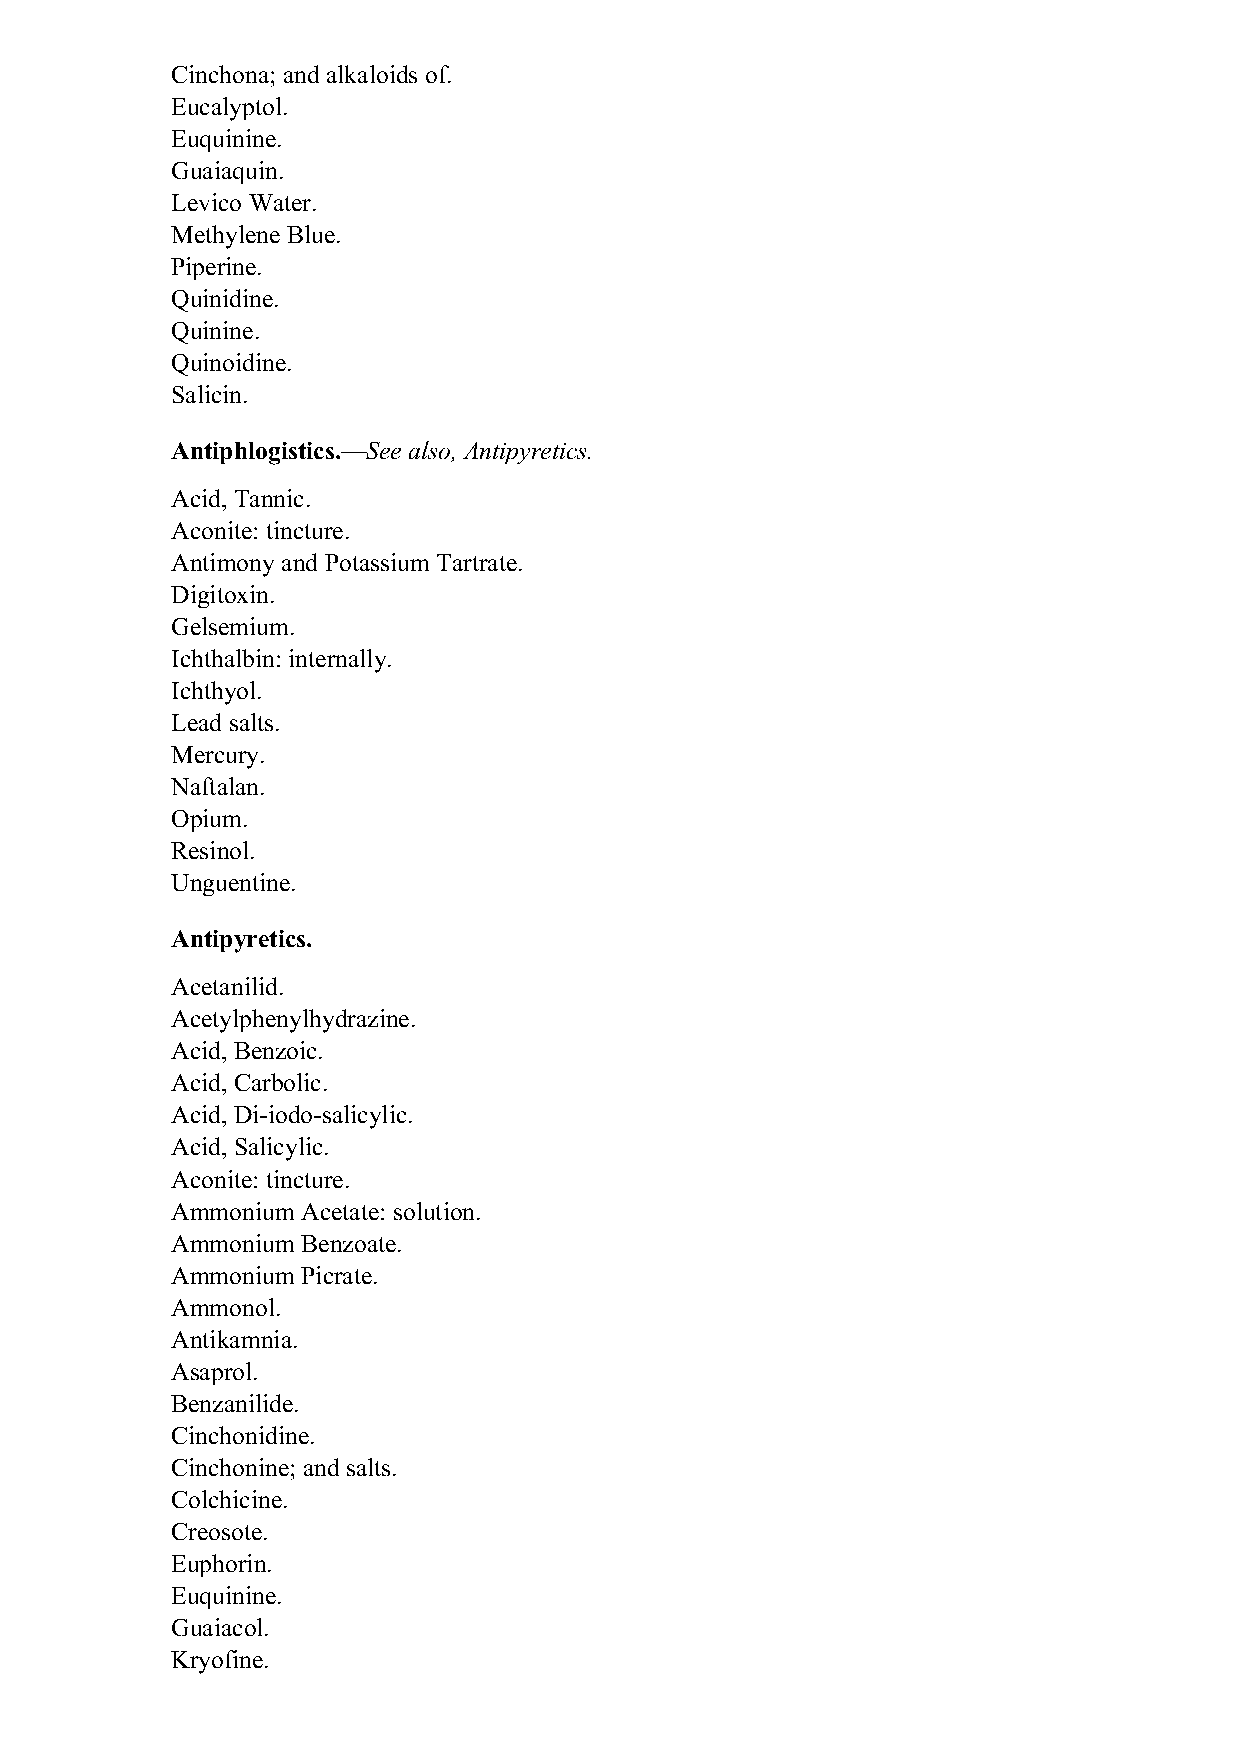
Cinchona; and alkaloids of.
 Eucalyptol.
 Euquinine.
 Guaiaquin.
 Levico Water.
 Methylene Blue.
 Piperine.
 Quinidine.
 Quinine.
 Quinoidine.
 Salicin.
 Antiphlogistics.—See also, Antipyretics.
 Acid, Tannic.
 Aconite: tincture.
 Antimony and Potassium Tartrate.
 Digitoxin.
 Gelsemium.
 Ichthalbin: internally.
 Ichthyol.
 Lead salts.
 Mercury.
 Naftalan.
 Opium.
 Resinol.
 Unguentine.
 Antipyretics.
 Acetanilid.
 Acetylphenylhydrazine.
 Acid, Benzoic.
 Acid, Carbolic.
 Acid, Di-iodo-salicylic.
 Acid, Salicylic.
 Aconite: tincture.
 Ammonium Acetate: solution.
 Ammonium Benzoate.
 Ammonium Picrate.
 Ammonol.
 Antikamnia.
 Asaprol.
 Benzanilide.
 Cinchonidine.
 Cinchonine; and salts.
 Colchicine.
 Creosote.
 Euphorin.
 Euquinine.
 Guaiacol.
 Kryofine.